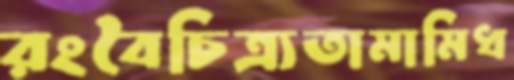
রংবৈচিত্র্যতামামিধ